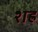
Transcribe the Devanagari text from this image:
शह्र